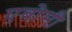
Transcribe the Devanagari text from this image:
एबोमी